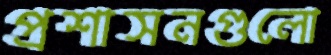
প্রশাসনগুলো